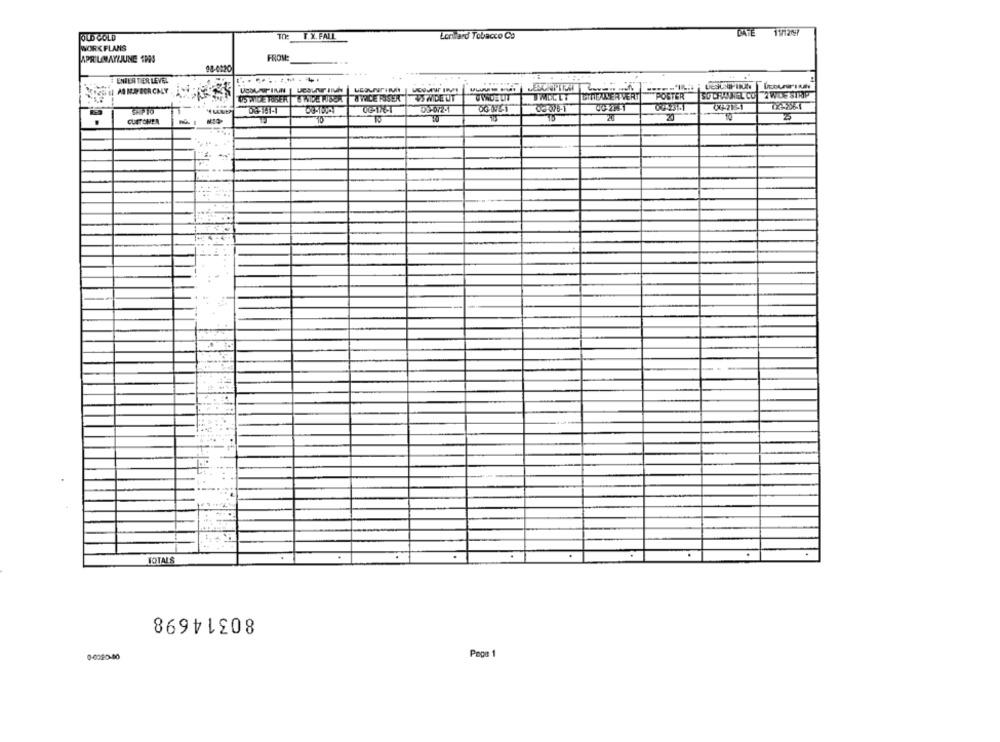
OLD COLD
F.X. FALL
Lenward Tobacco Co
DATE 11/267
WORKFLANS
APRILMAYIJUNE 1POS
FROM:
98-0120
# ENICA TIER LEVEL
WINCE RISER
EINEUSERIVERT
POSTER
SO CHANNEL CO 2 WIDE STRIP
US WIDE UT
SHIP TO
08-191-1
05-672-1
10
20
10
QUETONER
.. ...
.
TOTALS
80314698
0-0020-00
Page 1